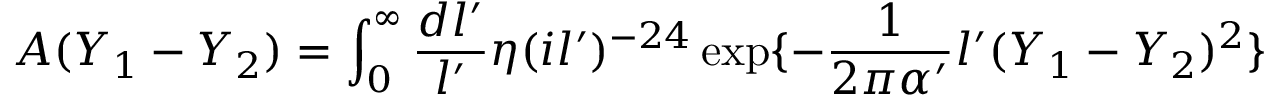
A ( Y _ { 1 } - Y _ { 2 } ) = \int _ { 0 } ^ { \infty } \frac { d l ^ { \prime } } { l ^ { \prime } } \eta ( i l ^ { \prime } ) ^ { - 2 4 } \exp \{ - \frac { 1 } { 2 \pi \alpha ^ { \prime } } l ^ { \prime } ( Y _ { 1 } - Y _ { 2 } ) ^ { 2 } \}